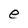
Character: e